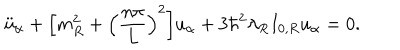
\ddot { u } _ { \alpha } + \Bigl [ m _ { R } ^ { 2 } + \Bigl ( \frac { n \pi } { L } \Bigr ) ^ { 2 } \Bigr ] u _ { \alpha } + 3 \hbar ^ { 2 } \lambda _ { R } I _ { 0 , R } u _ { \alpha } = 0 .